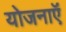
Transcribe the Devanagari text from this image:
योजनाऍं